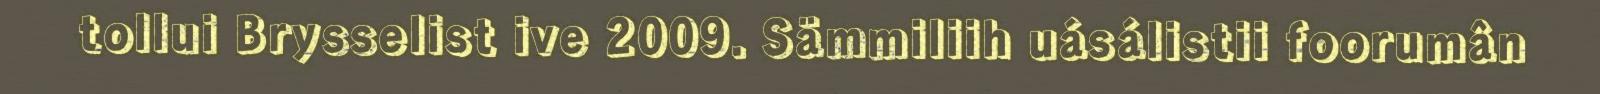
tollui Brysselist ive 2009. Sämmiliih uásálistii foorumân